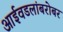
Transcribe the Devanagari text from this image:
आईवडलांबरोबर